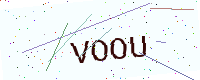
Text: VOOU